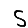
Digit: 5